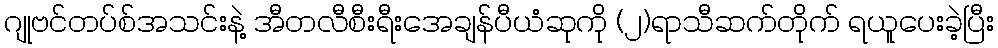
ဂျုဗင်တပ်စ်အသင်းနဲ့ အီတလီစီးရီးအေချန်ပီယံဆုကို (၂)ရာသီဆက်တိုက် ရယူပေးခဲ့ပြီး